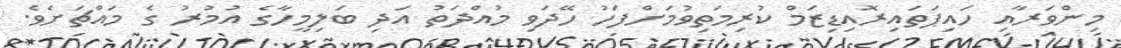
މިންވަރާއި ހައިޕަތައިރޮއިޑިޒަމް ކުރިމަތިވުމަށްފަހު ހޭދަވި މުއްދަތު އަދި ބަލިމީހާގެ އުމުރު ގެ މައްޗަށެވެ.